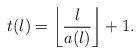
LaTeX: \begin{align*}t(l)= \left\lfloor \frac{l}{a(l)} \right\rfloor+1.\end{align*}